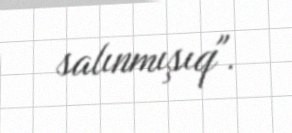
salınmışıq".